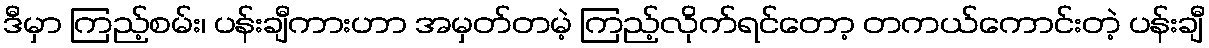
ဒီမှာ ကြည့်စမ်း၊ ပန်းချီကားဟာ အမှတ်တမဲ့ ကြည့်လိုက်ရင်တော့ တကယ်ကောင်းတဲ့ ပန်းချီ